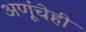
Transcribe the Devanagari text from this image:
अणूंचेही